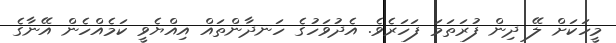
މީހަކަށް ލޭ ދިން ފުރަތަމަ ފަހަރެވެ. އެދުވަހުގެ ހަނދާންތައް އިއްޔެވީ ކަމެއްހެން އޭނާގެ